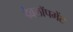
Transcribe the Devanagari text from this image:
डेवलॉपमेंट